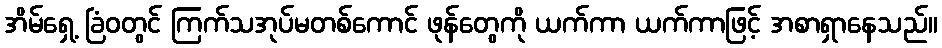
အိမ်ရှေ့ ခြံဝတွင် ကြက်သအုပ်မတစ်ကောင် ဖုန်တွေကို ယက်ကာ ယက်ကာဖြင့် အစာရှာနေသည်။